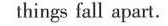
things fall apart.